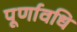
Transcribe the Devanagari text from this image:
पूर्णावधि